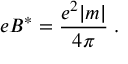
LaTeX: e B ^ { * } = \frac { e ^ { 2 } | m | } { 4 \pi } \; .